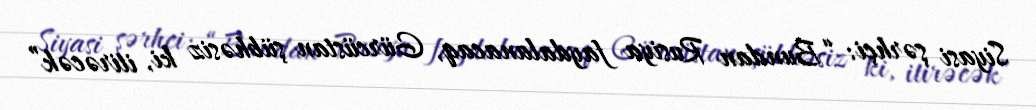
Siyasi şərhçi: “Bundan Rusiya faydalanacaq, Gürcüstan şübhəsiz ki, itirəcək”